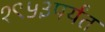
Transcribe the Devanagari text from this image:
१९५३पर्यंत